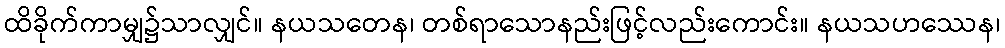
ထိခိုက်ကာမျှ၌သာလျှင်။ နယသတေန၊ တစ်ရာသောနည်းဖြင့်လည်းကောင်း။ နယသဟဿေန၊